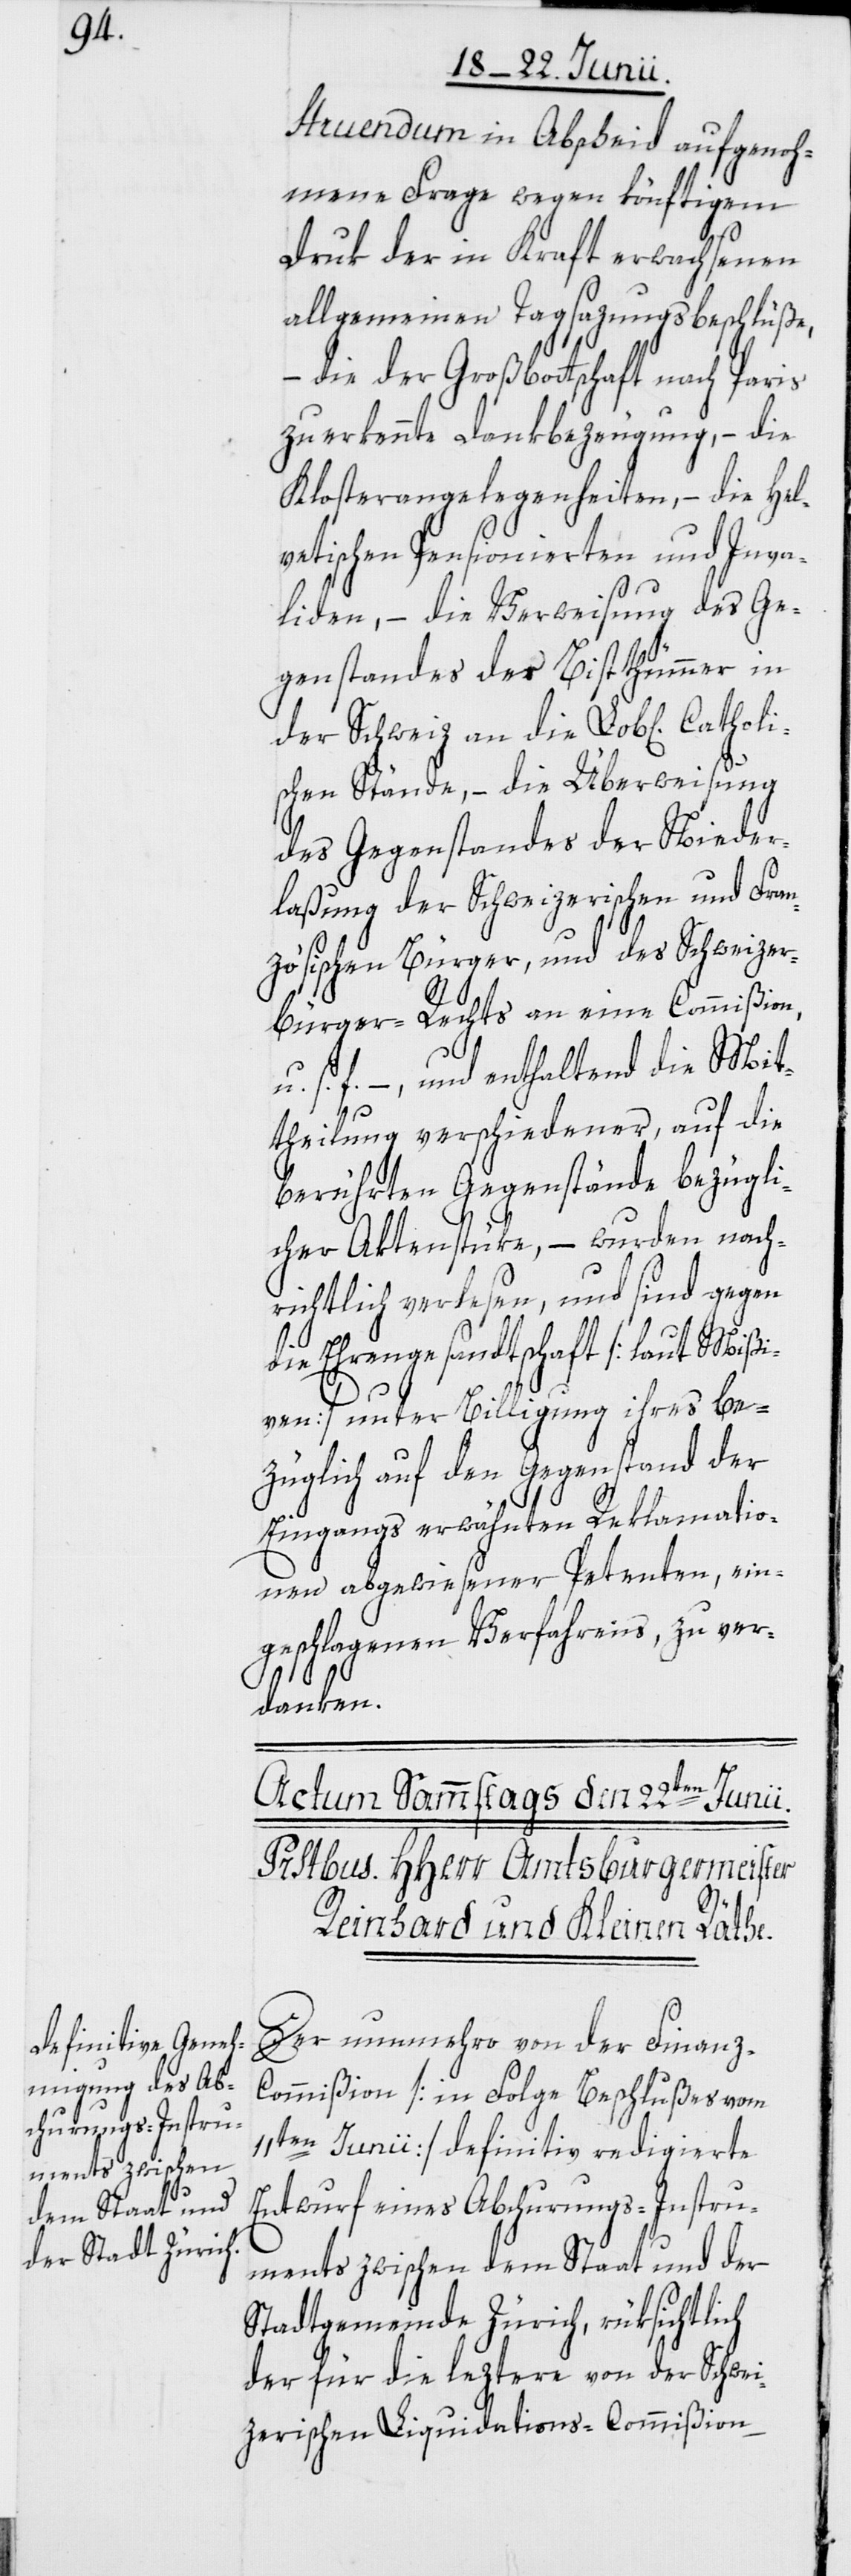
holi¬

struendum in Abscheid aufgenoh¬
mene Frage wegen könftigem
Druk der in Kraft erwachsenen
allgemeinen Tagsazungsbeschlüße,
die der Großbottschaft nach Paris
zuerkennte Dankbezeugung, – die
Klosterangelegenheiten, – die Hel¬
vetischen Pensionierten und Inva¬
liden, – die Verweisung des Ge¬
genstandes der Bistthümmer in
der Schweiz an die Lob[lichen]
schen Stände, – die Überweisung
des Gegenstandes der Nieder¬
laßung der Schweizerischen und Fran¬
zösischen Bürger, und des Schweizer¬
bürger-Rechts an eine Commißion,
u. s. f. –, und enthaltend die Mit¬
theilung verschiedener, auf die
berührten Gegenstände bezügli¬
cher Aktenstüke, – wurden nach¬
richtlich verlesen, und sind gegen
die Ehrengesandtschaft [laut Mißi¬
ven] unter Billigung ihres be¬
züglich auf den Gegenstand der
Eingangs erwähnten Reklamatio¬
nen abgewiesener Petenten, ein¬
geschlagenen Verfahrens, zu ver¬
danken.
Der nunmehro von der Finanz-C¬
ommißion [in Folge Beschlußes vom
11ten Junii] definitiv redigierte
Entwurf eines Abchurungs-Instru¬
ments zwischen dem Staat und der
Stadtgemeinde Zürich, rüksichtlich
der für die leztere von der Schwei¬
zerischen Liquidations-Commißion